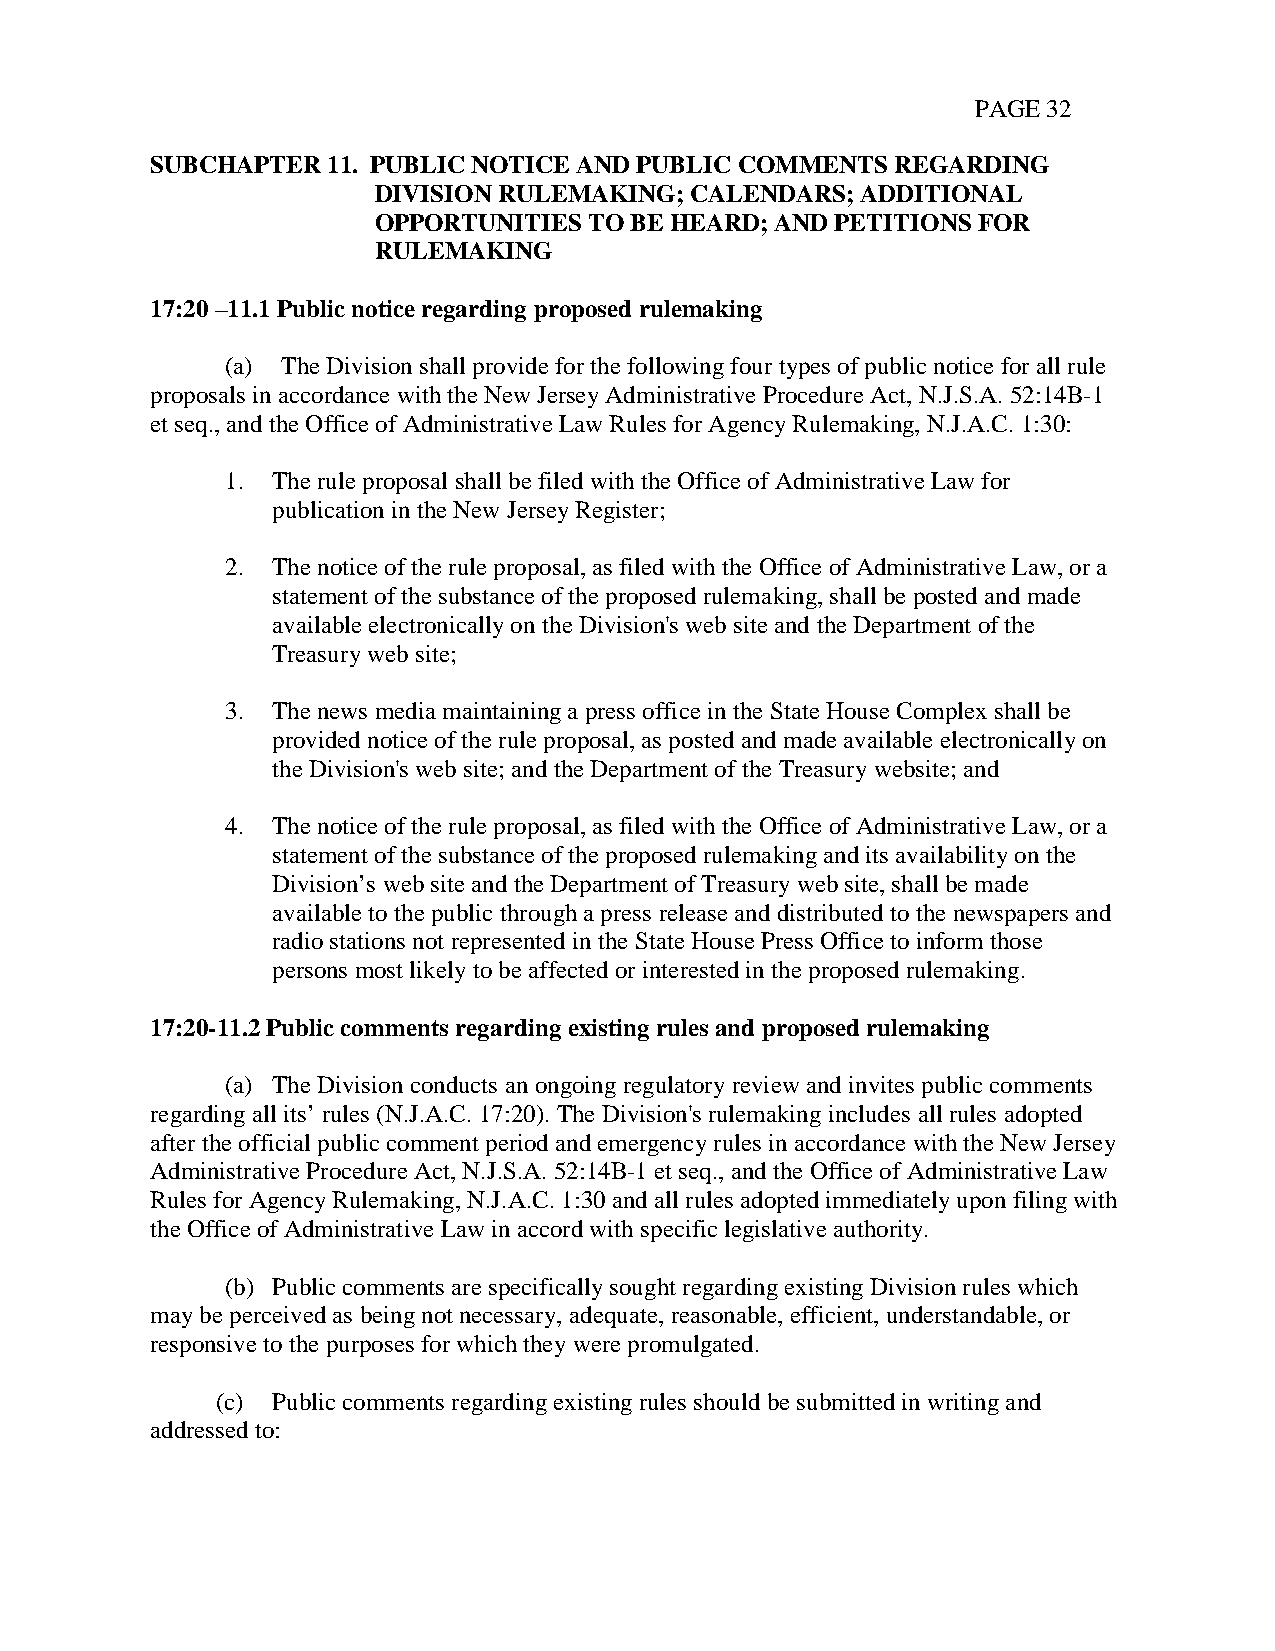
PAGE 32
 SUBCHAPTER  11. PUBLIC NOTICE AND PUBLIC COMMENTS REGARDING
 DIVISION RULEMAKING; CALENDARS; ADDITIONAL
 OPPORTUNITIES TO BE HEARD; AND PETITIONS FOR
 RULEMAKING
 17:20 –11.1 Public notice regarding proposed rulemaking
 (a) The Division shall provide for the following four types of public notice for all rule
 proposals in accordance with the New Jersey Administrative Procedure Act, N.J.S.A. 52:14B-1
 et seq., and the Office of Administrative Law Rules for Agency Rulemaking, N.J.A.C. 1:30:
 1. The rule proposal shall be filed with the Office of Administrative Law for
 publication in the New Jersey Register;
 2. The notice of the rule proposal, as filed with the Office of Administrative Law, or a
 statement of the substance of the proposed rulemaking, shall be posted and made
 available electronically on the Division's web site and the Department of the
 Treasury web site;
 3. The news media maintaining a press office in the State House Complex shall be
 provided notice of the rule proposal, as posted and made available electronically on
 the Division's web site; and the Department of the Treasury website; and
 4. The notice of the rule proposal, as filed with the Office of Administrative Law, or a
 statement of the substance of the proposed rulemaking and its availability on the
 Division’s web site and the Department of Treasury web site, shall be made
 available to the public through a press release and distributed to the newspapers and
 radio stations not represented in the State House Press Office to inform those
 persons most likely to be affected or interested in the proposed rulemaking.
 17:20-11.2 Public comments regarding existing rules and proposed rulemaking
 (a) The Division conducts an ongoing regulatory review and invites public comments
 regarding all its’ rules (N.J.A.C. 17:20). The Division's rulemaking includes all rules adopted
 after the official public comment period and emergency rules in accordance with the New Jersey
 Administrative Procedure Act, N.J.S.A. 52:14B-1 et seq., and the Office of Administrative Law
 Rules for Agency Rulemaking, N.J.A.C. 1:30 and all rules adopted immediately upon filing with
 the Office of Administrative Law in accord with specific legislative authority.
 (b) Public comments are specifically sought regarding existing Division rules which
 may be perceived as being not necessary, adequate, reasonable, efficient, understandable, or
 responsive to the purposes for which they were promulgated.
 (c) Public comments regarding existing rules should be submitted in writing and
 addressed to: